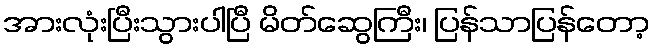
အားလုံးပြီးသွားပါပြီ မိတ်ဆွေကြီး၊ ပြန်သာပြန်တော့